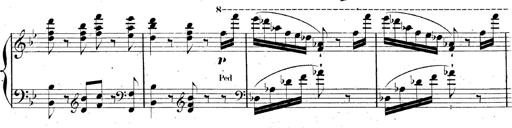
Title: AnnÃ©es de pÃ¨lerinage II, SupplÃ©ment
Composer: Franz Liszt